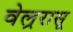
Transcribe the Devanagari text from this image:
वेल्ररासू